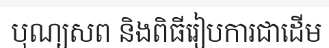
បុណ្យសព និងពិធីរៀបការជាដើម